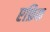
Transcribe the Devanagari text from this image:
एफ्रिक